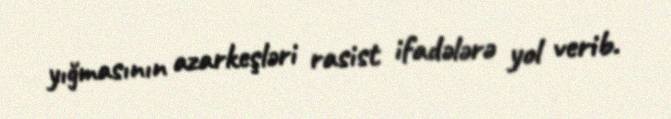
yığmasının azarkeşləri rasist ifadələrə yol verib.